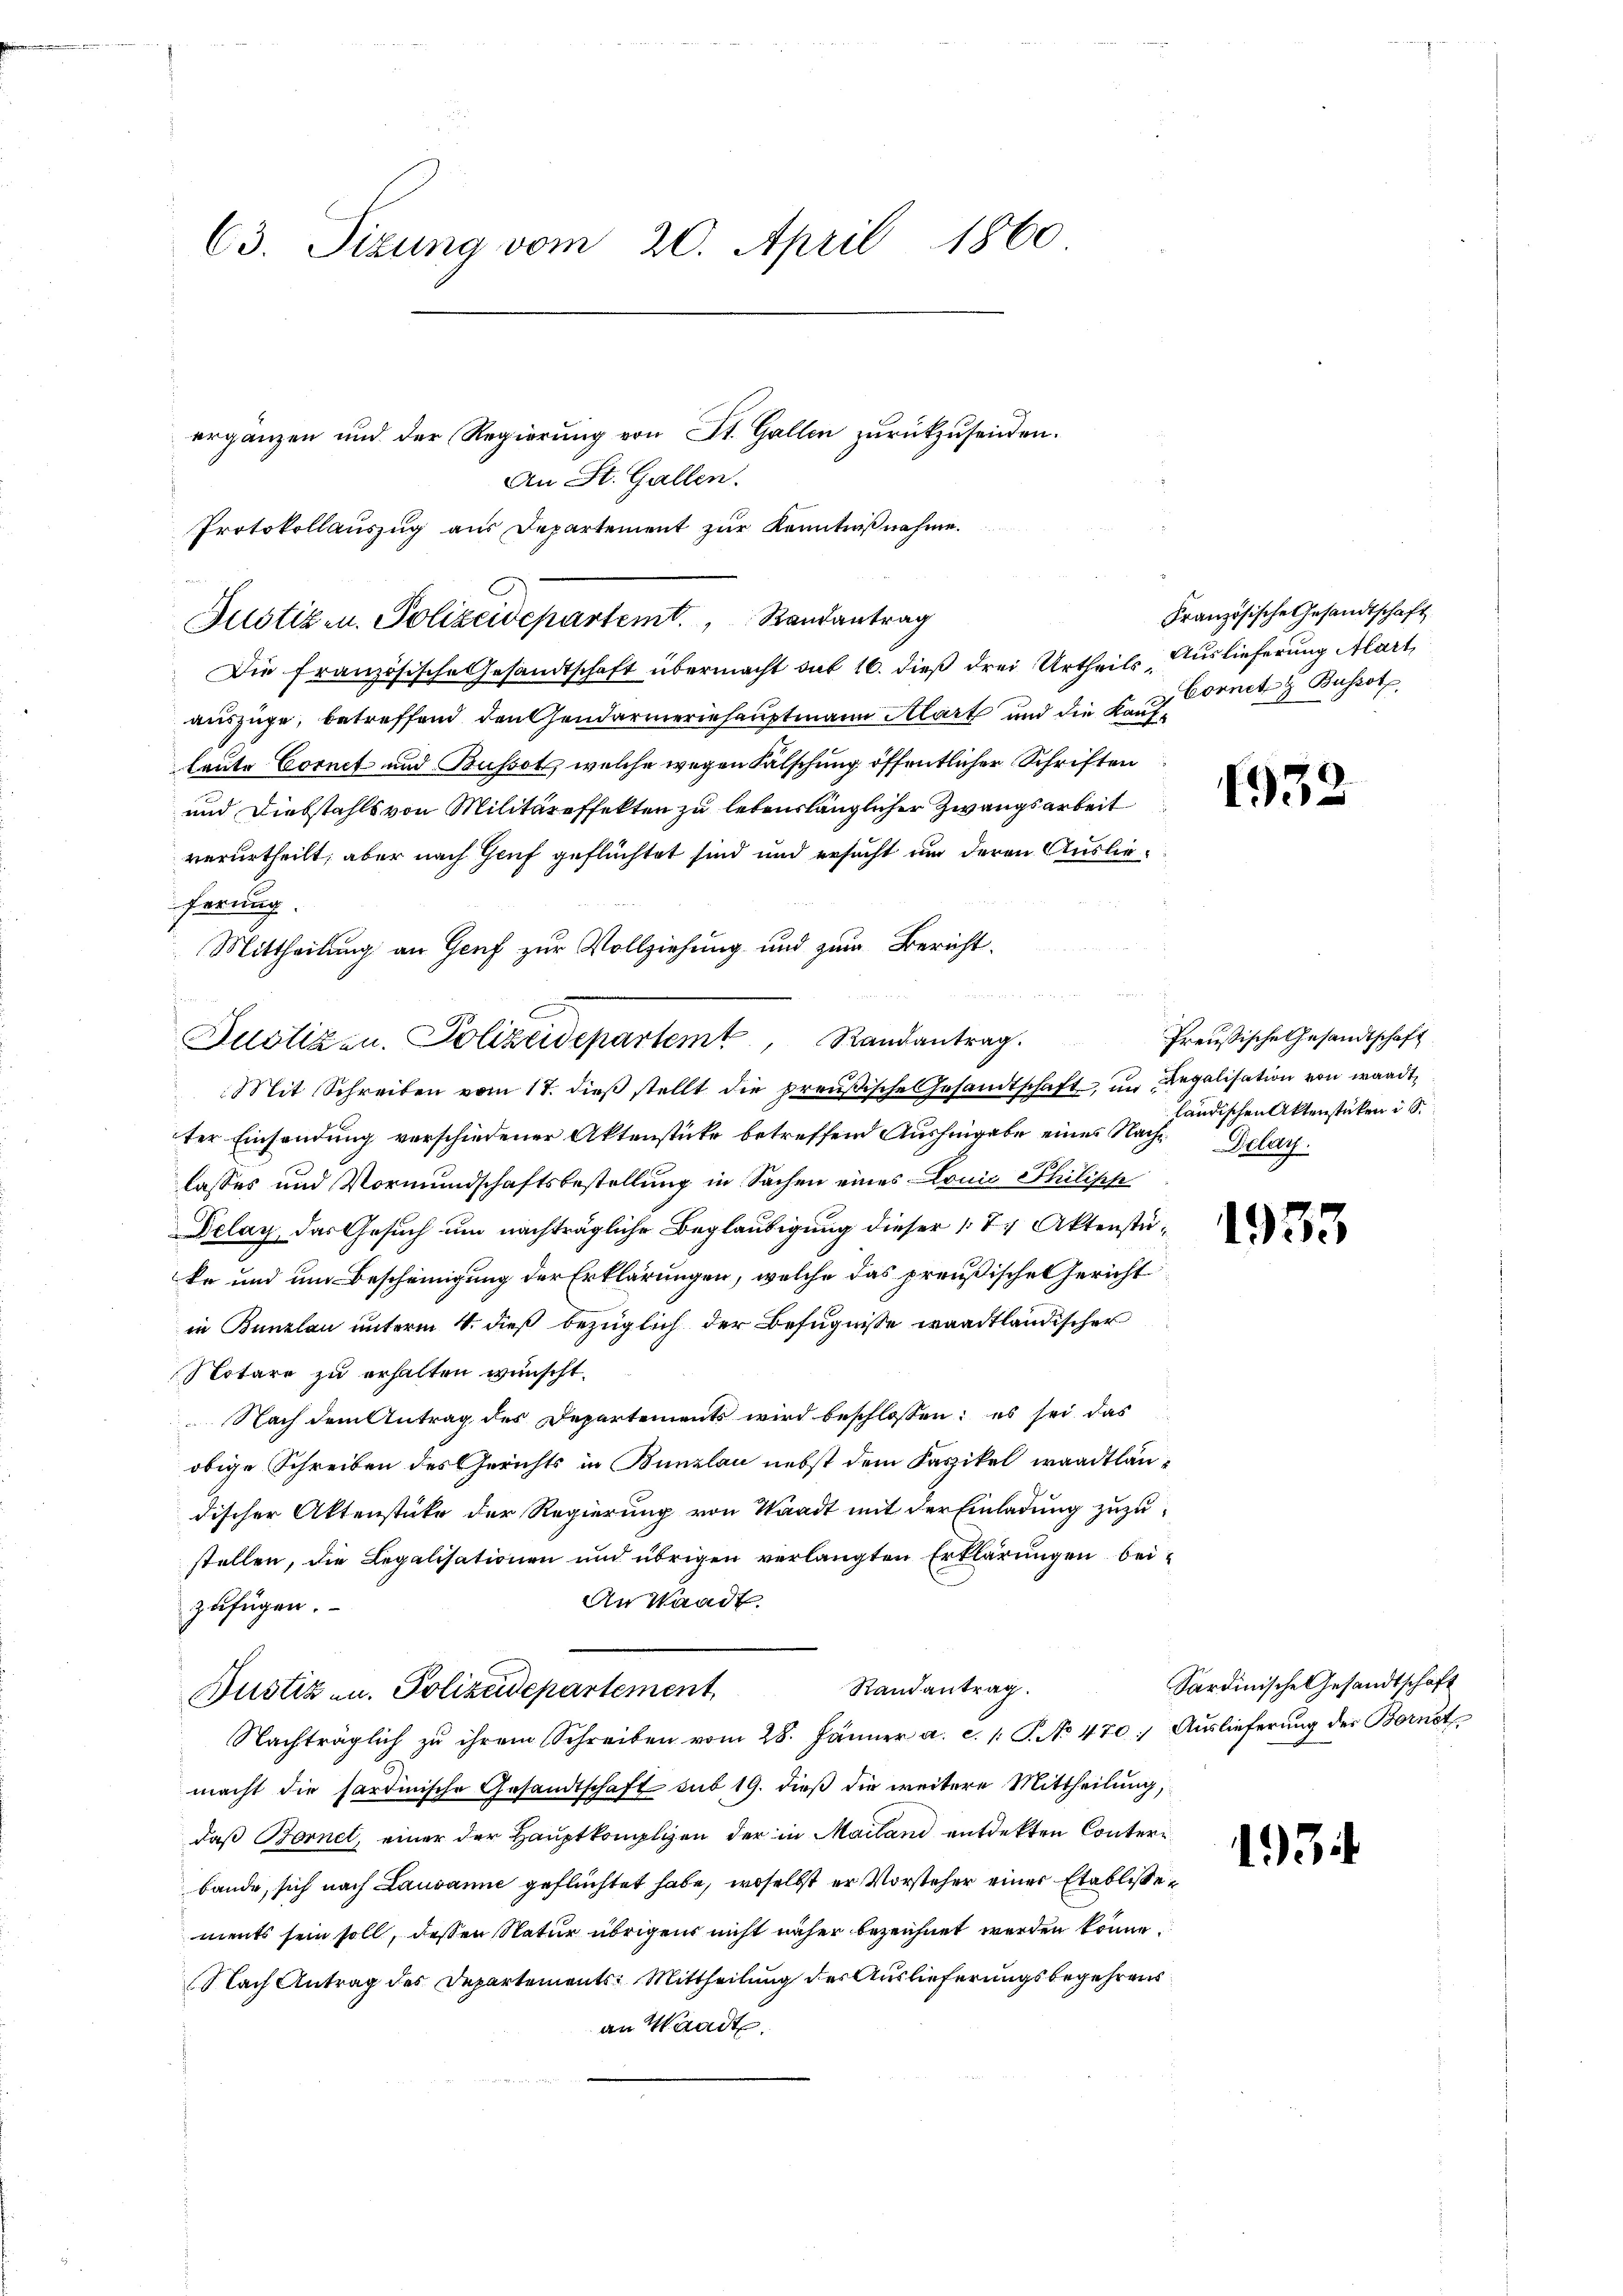
.

63. Sizung vom 20. April 1860
ergänzen und der Regierung von St. Gallen zurückzusenden.

Die französische Gesandtschaft übermacht sub 16. dieß drei Urtheils Auslieferung Mart
auszüge, betreffend den Gendarmeriehauptmann Klart und die Kaufleute Cornet und Busset, welche wegen Fälschung öffentlicher Schriften
und Diebstahls von Militäreffekten zu lebenslänglicher Zwangsarbeit
verurtheilt, aber nach Genf geflüchtet sind und ersucht und deren Auslieferung
Mittheilung an Genf zur Vollziehung und zum Bericht.
u
Mit Schreiben vom 17. dieβ stellt die preußische Gesandtschaft, in Regalisation von waadt
ter Einsendung verschiedener Aktenstücke betreffend Aushingabe eines Nach Delar
lasses und Vormundschaftsbestellung in Sachen eines Louis Philisch
Delay, das Gesuch um nachträgliche Beglaubigung dieser 174 Aktenstüke und um Bescheinigung der Erklärungen, welche das preußischen Gericht
in Bunzlau unterm 4. dieß bezüglich der Befugnisse waadtländischer
Notare zu erhalten wünscht.
Nach dem Antrag des Departements wird beschlossen: es sei das
obige Schreiben des Gerichts in Bunzlau nebst dem Faszikel waadtländischer Aktenstüke der Regierung von Waadt mit der Einladung zuzustellen, die Legalisationen und übrigen verlangten Erklärungen bei¬
An Waadt.
zufügen.
Randantrag.
Dustiz u. Polizeidepartement
Nachträglich zu ihrem Schreiben vom 28. Jänner a. c. /: P. No 470. Auslieferung der Bornst
macht die sartinische Gesandtschaft sub 19. dieß die weitere Mittheilung,
daß Bornet, einer der Hauptkomplizen der in Mailand entdekten Conterrbande, sich nach Lausanne geflüchtet habe, woselbst er Vorsteher einer Etablissements sein soll, dessen Natur übrigens nicht näher bezeichnet werden könne.
Nach Antrag des Departements: Mittheilung des Auslieferungsbegehrens
an Waadt.

An St. Gallen.
Protokollauszug aus Departement zur Kenntnißnahme.
u
Justiz- u. Polizeidepartemt. Randantrag

e

Justizen. Polizeidepartemt, Randantrag.

Französische Gesandtschaft
Cornet z Busset

1932

Preußische Gesandtschaft
ländischen Aktenstücken i S.

1933

Sardinische Gesandtschaft

1934